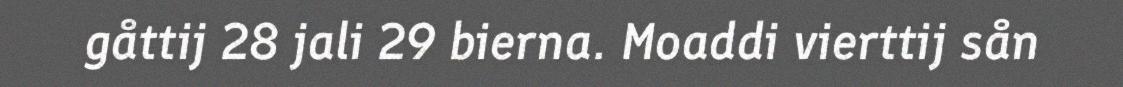
gåttij 28 jali 29 bierna. Moaddi vierttij sån